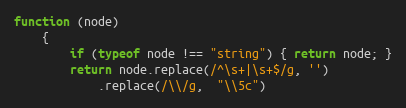
Language: JavaScript
function (node)
    {
        if (typeof node !== "string") { return node; }
        return node.replace(/^\s+|\s+$/g, '')
            .replace(/\\/g,  "\\5c")